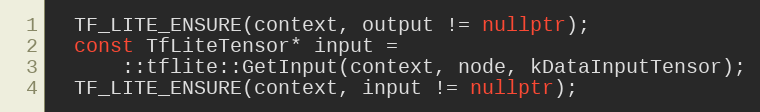
Language: C++
  TF_LITE_ENSURE(context, output != nullptr);
  const TfLiteTensor* input =
      ::tflite::GetInput(context, node, kDataInputTensor);
  TF_LITE_ENSURE(context, input != nullptr);